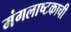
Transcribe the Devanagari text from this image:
मंगलाष्टकाची